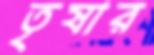
তৃষার